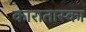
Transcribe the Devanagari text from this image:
कारातास्का